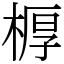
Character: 𣖔